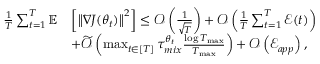
\begin{array} { r l } { \frac { 1 } { T } \sum _ { t = 1 } ^ { T } \mathbb { E } } & { \left[ \left\lVert \nabla J ( \theta _ { t } ) \right\rVert ^ { 2 } \right] \leq \mathcal { O } \left( \frac { 1 } { \sqrt { T } } \right) + \mathcal { O } \left( \frac { 1 } { T } \sum _ { t = 1 } ^ { T } \mathcal { E } ( t ) \right) } \\ & { + \widetilde { \mathcal { O } } \left( \operatorname* { m a x } _ { t \in [ T ] } \tau _ { m i x } ^ { \theta _ { t } } \frac { \log T _ { \operatorname* { m a x } } } { T _ { \operatorname* { m a x } } } \right) + \mathcal { O } \left( \mathcal { E } _ { a p p } \right) , } \end{array}